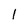
Character: l